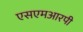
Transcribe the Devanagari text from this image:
एसएमआरपी